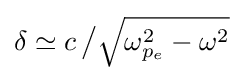
\delta \simeq c\,{\big /}{\sqrt {\omega _{p_{e}}^{2}-\omega ^{2}}}